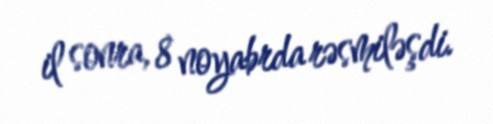
il sonra, 8 noyabrda rəsmiləşdi.